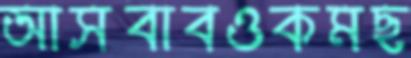
আসবাবওকমছ